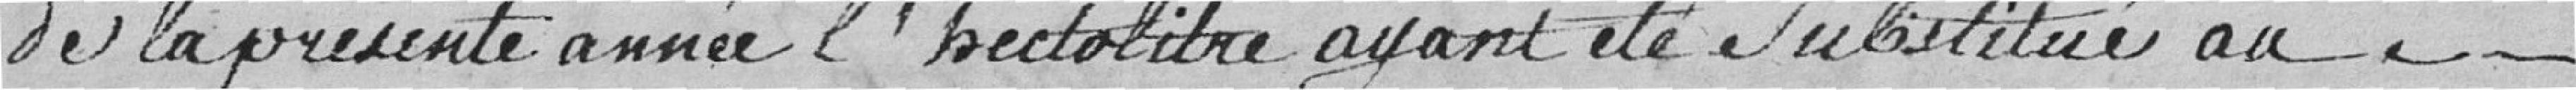
de la présente année l'hectolitre ayant été substitué au